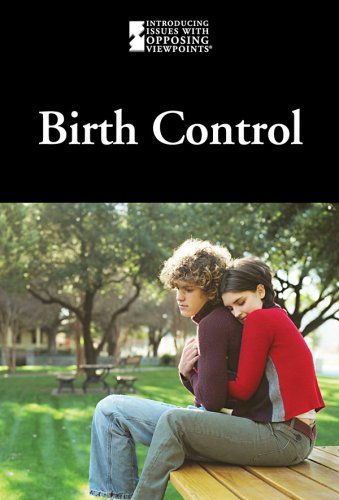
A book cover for Birth Control (Introducing Issues With Opposing Viewpoints); Lauri S. Friedman; Teen & Young Adult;